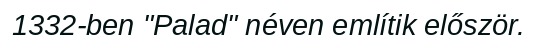
1332-ben "Palad" néven említik először.